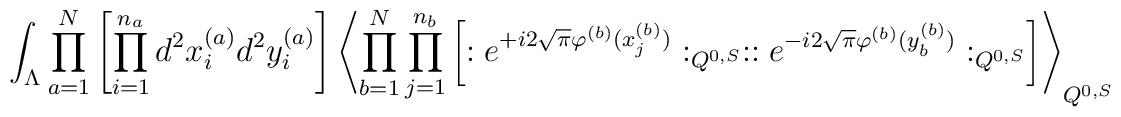
\int_{\Lambda} \prod_{a=1}^N \left[ \prod_{i=1}^{n_a}d^2x_{i}^{(a)} d^2y_{i}^{(a)} \right]\left\langle \prod_{b=1}^N \prod_{j=1}^{n_b}\left[ : e^{+i 2\sqrt{\pi}\varphi^{(b)}(x_{j}^{(b)})}:_{Q^{0,S}}:: e^{-i 2\sqrt{\pi}\varphi^{(b)}(y_{b}^{(b)})}:_{Q^{0,S}}\right] \right\rangle_{Q^{0,S}}